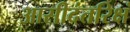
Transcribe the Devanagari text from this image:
आसीदंतरिक्षं